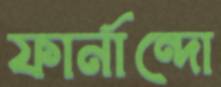
ফার্নান্দো